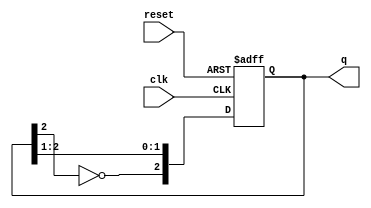
module johnson_counter #(
    parameter N = 3  // Number of flip-flops (adjust as needed)
)(
    input wire clk,        // Clock signal
    input wire reset,      // Asynchronous reset signal
    output reg [N-1:0] q   // Output state of the counter
);

// Internal flip-flops state
always @(posedge clk or posedge reset) begin
    if (reset) begin
        q <= 0;  // Initialize the counter to zero on reset
    end else begin
        // Johnson counter logic: shift and feedback
        q <= {~q[N-1], q[N-1:N-2]}; // Shift with inverted last bit feedback
    end
end

endmodule